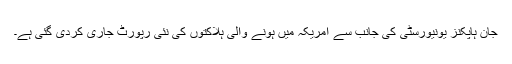
جان ہاپکنز یونیورسٹی کی جانب سے امریکہ میں ہونے والی ہلاکتوں کی نئی رپورٹ جاری کردی گئی ہے۔